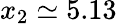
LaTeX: x_{2}\simeq 5.13